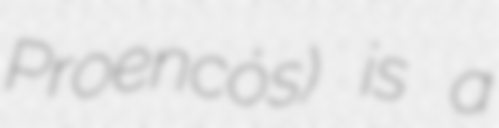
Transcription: Proencós) is a